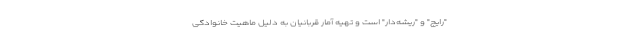
"رایج" و "ریشه‌دار" است و تهیه آمار قربانیان به دلیل ماهیت خانوادگی